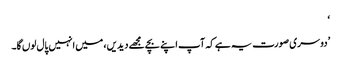
‘
’دوسری صورت یہ ہے کہ آپ اپنے بچے مجھے دیدیں، میں انہیں پال لوں گا۔